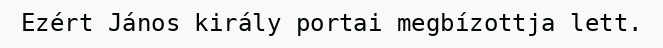
Ezért János király portai megbízottja lett.